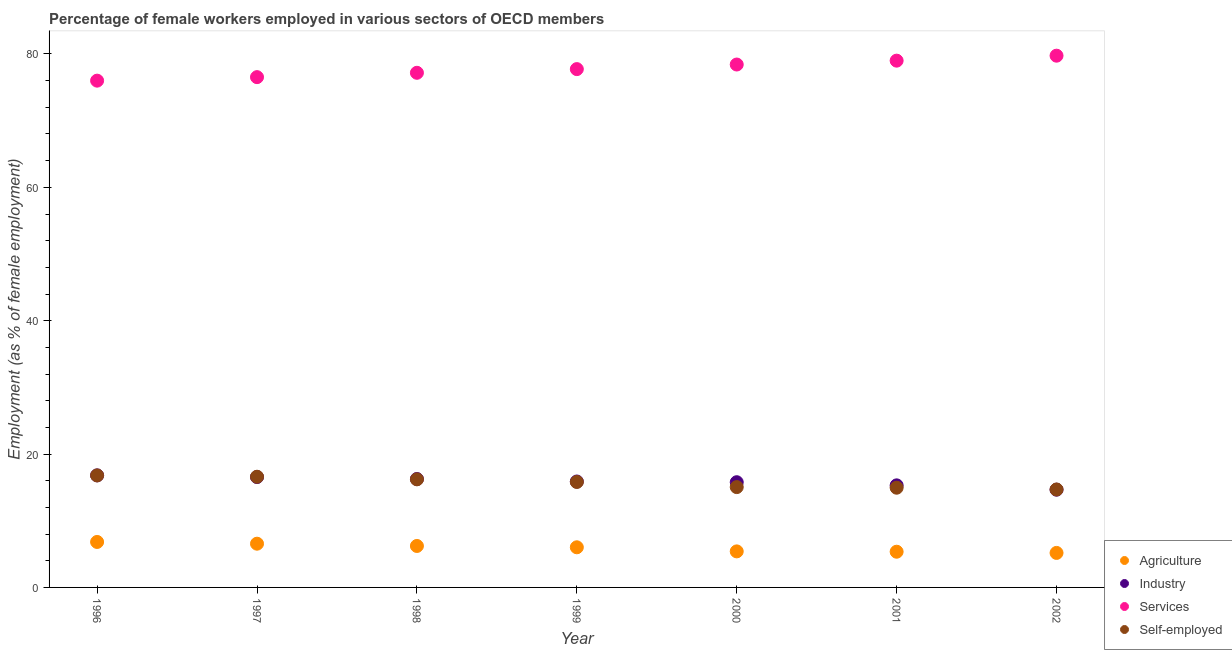
| Year | Agriculture | Industry | Services | Self-employed |
 | --- | --- | --- | --- | --- |
 | 1996 | 6.82 | 16.8 | 76 | 16.8 |
 | 1997 | 6.56 | 16.6 | 76.5 | 16.6 |
 | 1998 | 6.22 | 16.3 | 77.2 | 16.2 |
 | 1999 | 6.02 | 15.9 | 77.7 | 15.8 |
 | 2000 | 5.4 | 15.8 | 78.4 | 15 |
 | 2001 | 5.35 | 15.3 | 79 | 15 |
 | 2002 | 5.18 | 14.7 | 79.7 | 14.7 |